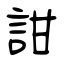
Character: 詌